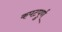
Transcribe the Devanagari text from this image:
कपटपुर्ण